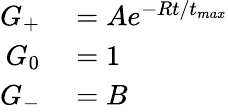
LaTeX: \begin{array}{rl}{G_{+}}&{{}=Ae^{-Rt/t_{max}}}\\ {G_{0}}&{{}=1}\\ {G_{-}}&{{}=B}\end{array}